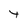
Character: t